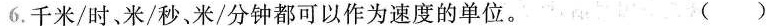
6.千米/时、米/秒、米/分钟都可以作为速度的单位。 ()